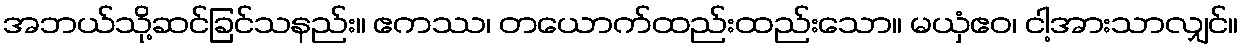
အဘယ်သို့ဆင်ခြင်သနည်း။ ဧကဿ၊ တယောက်ထည်းထည်းသော။ မယှံဧဝ၊ ငါ့အားသာလျှင်။